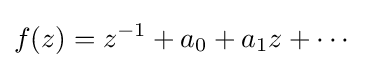
\displaystyle f(z)=z^{-1}+a_{0}+a_{1}z+\cdots